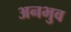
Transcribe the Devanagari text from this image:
अनभुव